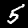
Digit: 5